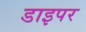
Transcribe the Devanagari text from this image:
डाइपर